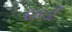
દારડી